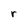
Character: r